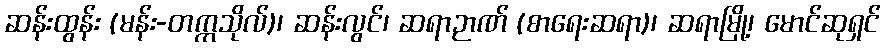
ဆန်းထွန်း (မန်း-တက္ကသိုလ်)၊ ဆန်းလွင်၊ ဆရာဉာဏ် (စာရေးဆရာ)၊ ဆရာမြို့၊ မောင်ဆုရှင်